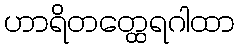
ဟာရိတတ္ထေရဂါထာ